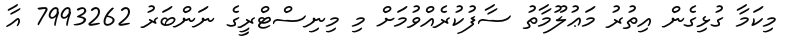
މިކަމާ ގުޅިގެން އިތުރު މަޢުލޫމާތު ސާފުކުރެއްވުމަށް މި މިނިސްޓްރީގެ ނަންބަރު 7993262 އާ